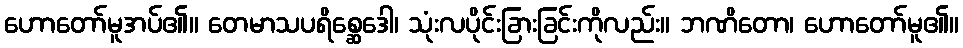
ဟောတော်မူအပ်၏။ တေမာသပရိစ္ဆေဒေါ၊ သုံးလပိုင်းခြားခြင်းကိုလည်း။ ဘဏိတော၊ ဟောတော်မူ၏။